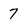
Character: 7